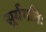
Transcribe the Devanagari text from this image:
सूर्यगतिः